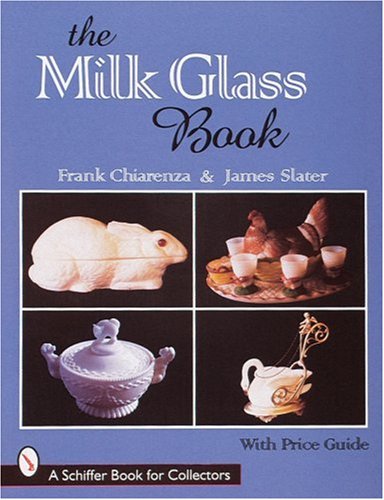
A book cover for The Milk Glass Book (Schiffer Book for Collectors); James Slater; Crafts, Hobbies & Home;